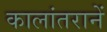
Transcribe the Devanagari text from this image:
कालांतरानें